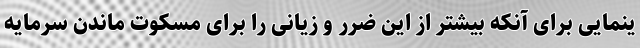
ینمایی برای آنکه بیشتر از این ضرر و زیانی را برای مسکوت ماندن سرمایه